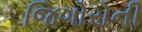
જિગોરોની